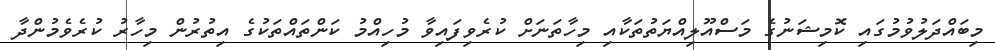
މިބައްދަލުވުމުގައި ކޮމިޝަނުގެ މަސްއޫލިއްޔަތުތަކާއި މިހާތަނަށް ކުރެވިފައިވާ މުހިއްމު ކަންތައްތަކުގެ އިތުރުން މިހާރު ކުރެވެމުންދާ